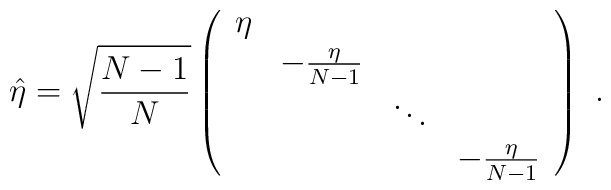
\hat\eta = \sqrt{{N-1 \over N}}\left(\begin{array} {cccc}\eta   &	              &        & \\       & -{\eta  \over N-1}   &        & \\       &		      & \ddots & \\       &		      &        & -{\eta  \over N-1} \end{array}\right)\ .